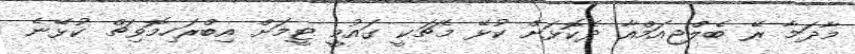
މާދަމާ ރޭ ބެލްޖިއަމްއާ ދެކޮޅަށް ކުޅޭ މެޗަކީ ގައުމީ ޓީމަށް އިބްރަހިމޮވިޗް ކުޅޭނެ